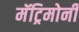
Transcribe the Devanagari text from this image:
मॅट्रिमोनी